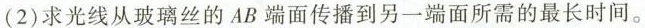
(2)求光线从玻璃丝的AB端面传播到另一端面所需的最长时间。